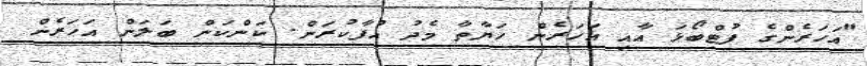
"އަހަރެންގެ ފުޓްބޯޅަ އާއި އަހަރެން ހަޔާތާ މެދު އުފާކުރަން. ކަންކަން ބަލަން އަހަރެން